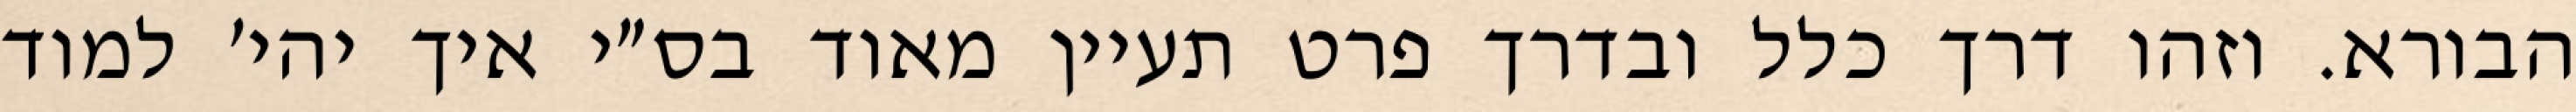
הבורא. וזהו דרך כלל ובדרך פרט תעיין מאוד בס״י איך יהי׳ למוד